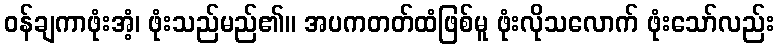
ဝန်ချကာဖုံးအံ့၊ ဖုံးသည်မည်၏။ အပကတတ်ထံဖြစ်မူ ဖုံးလိုသလောက် ဖုံးသော်လည်း